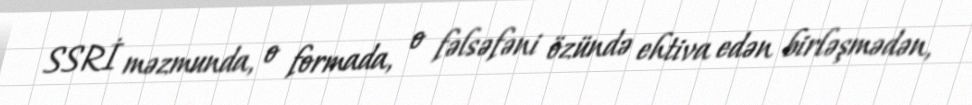
SSRİ məzmunda, o formada, o fəlsəfəni özündə ehtiva edən birləşmədən,